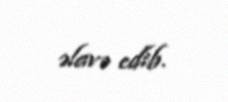
əlavə edib.